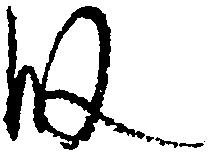
段